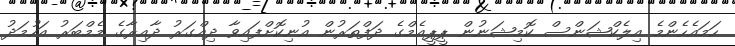
ހަމައެހެންމެ އިލެކްޝަންސް ކޮމިޝަނުން ޕީޕީއެމްގެ ދަފްތަރުން އުނިކޮށްފައިވާ ދިއްގަރު ދާއިރާގެ މެމްބަރު އަހުމަދު